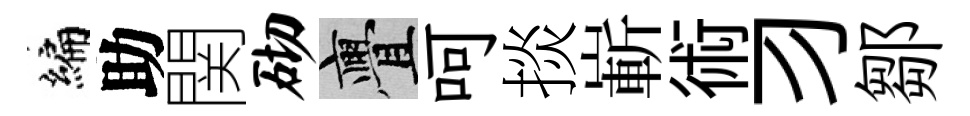
编助関砌亹呵掞嶄術习鄒